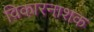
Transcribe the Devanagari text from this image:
विकारनाशक